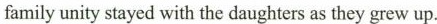
family unity stayed with the daughters as they grew up.